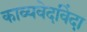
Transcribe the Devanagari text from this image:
काव्यवेदविंदा